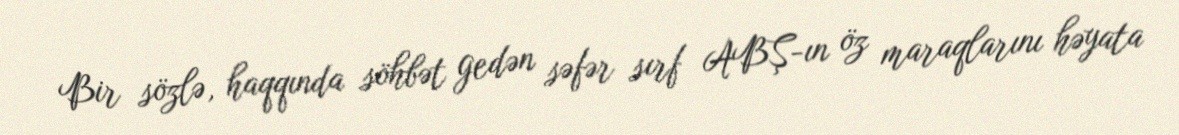
Bir sözlə, haqqında söhbət gedən səfər sırf ABŞ-ın öz maraqlarını həyata